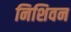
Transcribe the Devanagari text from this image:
निशिवन